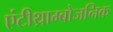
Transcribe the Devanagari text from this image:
एंटीथ्राम्बोजनिक